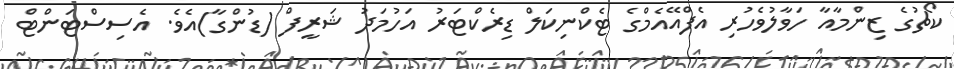
ކޯޗުގެ ޒިންމާއާ ހަވާލުވެހުރި އެފްއޭއެމްގެ ޓެކްނިކަލް ޑިރެކްޓަރު އަހުމަދު ޝަރީފް (ޑުންގާ)އެވެ. އެސިސްޓަންޓް